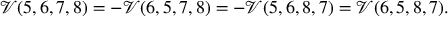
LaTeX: \mathcal V ( 5 , 6 , 7 , 8 ) = - \mathcal V ( 6 , 5 , 7 , 8 ) = - \mathcal V ( 5 , 6 , 8 , 7 ) = \mathcal V ( 6 , 5 , 8 , 7 ) .